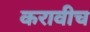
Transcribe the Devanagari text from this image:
करावीच